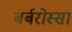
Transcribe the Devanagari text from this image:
बर्बरोस्सा